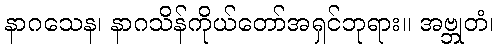
နာဂသေန၊ နာဂသိန်ကိုယ်တော်အရှင်ဘုရား။ အဗ္ဘုတံ၊